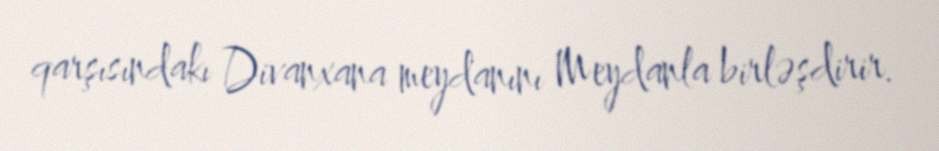
qarşısındakı Divanxana meydanını Meydanla birləşdirir.